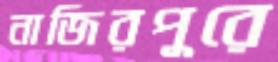
নাজিরপুরে